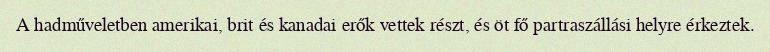
A hadműveletben amerikai, brit és kanadai erők vettek részt, és öt fő partraszállási helyre érkeztek.